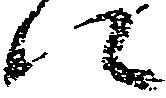
に